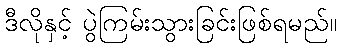
ဒီလိုနှင့် ပွဲကြမ်းသွားခြင်းဖြစ်ရမည်။